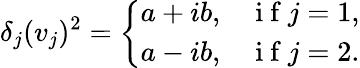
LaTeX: \delta_{j}(v_{j})^{2}=\left\{ \begin{array}{ll}{a+ib,}&{\mathrm{~i~f~}j=1,}\\ {a-ib,}&{\mathrm{~i~f~}j=2.}\end{array}\right.